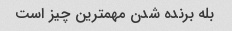
بله برنده شدن مهمترین چیز است